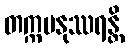
တက္ကမနုဿရန္တိ